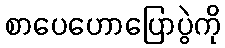
စာပေဟောပြောပွဲကို